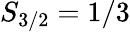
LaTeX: S_{3/2}=1/3